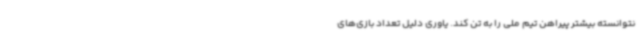
نتوانسته بیشتر پیراهن تیم ملی را به تن کند. یاوری دلیل تعداد بازی‌های